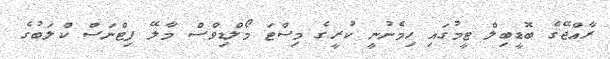
ރާއްޖޭގެ ބޮޑީބިލް ޓީމުގައި ހިމެނުނީ ކުރީގެ މިސްޓަ މޯލްޑިވްސް މާލޭ ފިޓްނަސް ކްލަބުގެ